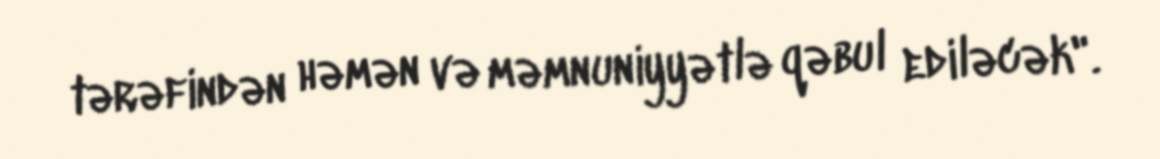
tərəfindən həmən və məmnuniyyətlə qəbul ediləcək".